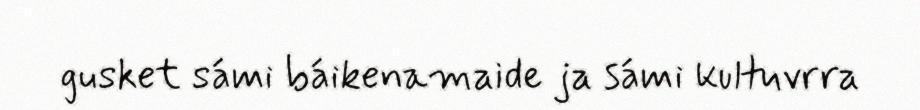
gusket sámi báikenamaide ja sámi kultuvrra